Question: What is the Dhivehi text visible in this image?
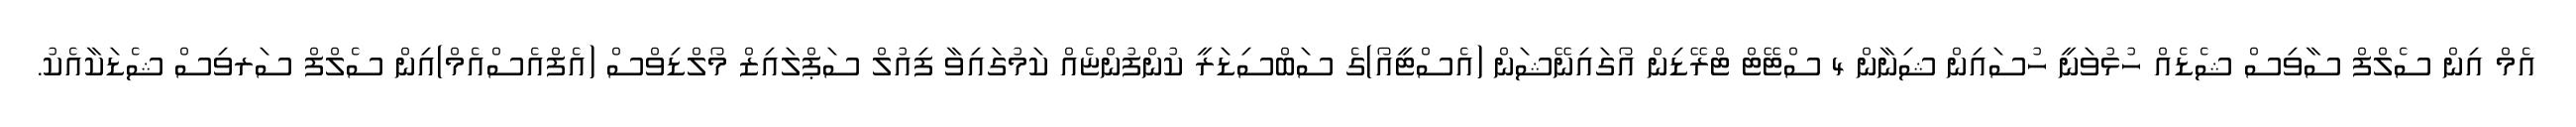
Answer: އެމް އިން ސެލްފް ސާވިސް ޝެޑެއް ހުޅުވަނީ ހުސައިން ޝިނާން 4 ސްޓޭޓް ޓްރޭޑިން އޯގައިނޭޝަން (އެސްޓީއޯ)ގެ ސަބްސިޑަރީ ކުންފުންޏެއް ކަމުގައިވާ ފިއުލް ސަޕްލައިޒް މޯލްޑިވްސް (އެފްއެސްއެމް)އިން ސެލްފް ސަރވިސް ޝެޑަކާއެކު.